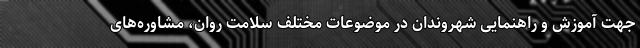
جهت آموزش و راهنمایی شهروندان در موضوعات مختلف سلامت روان، مشاوره‌های